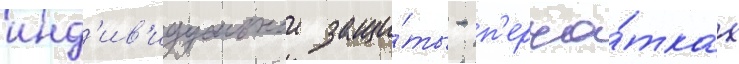
инд'ив'идуальнои защи́ты - п'ерча́тках